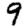
Digit: 9